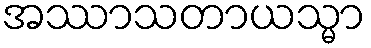
အဿာသတာယသ္မာ